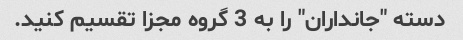
دسته "جانداران" را به 3 گروه مجزا تقسیم کنید.